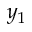
y _ { 1 }